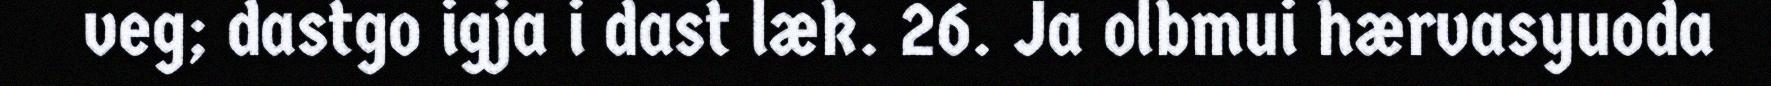
veg; dastgo igja i dast læk. 26. Ja olbmui hærvasyuoda